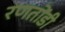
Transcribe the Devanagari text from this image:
रणतोंडी